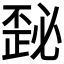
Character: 𰀜